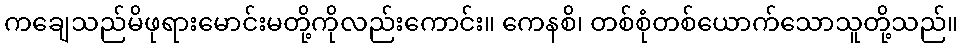
ကချေသည်မိဖုရားမောင်းမတို့ကိုလည်းကောင်း။ ကေနစိ၊ တစ်စုံတစ်ယောက်သောသူတို့သည်။